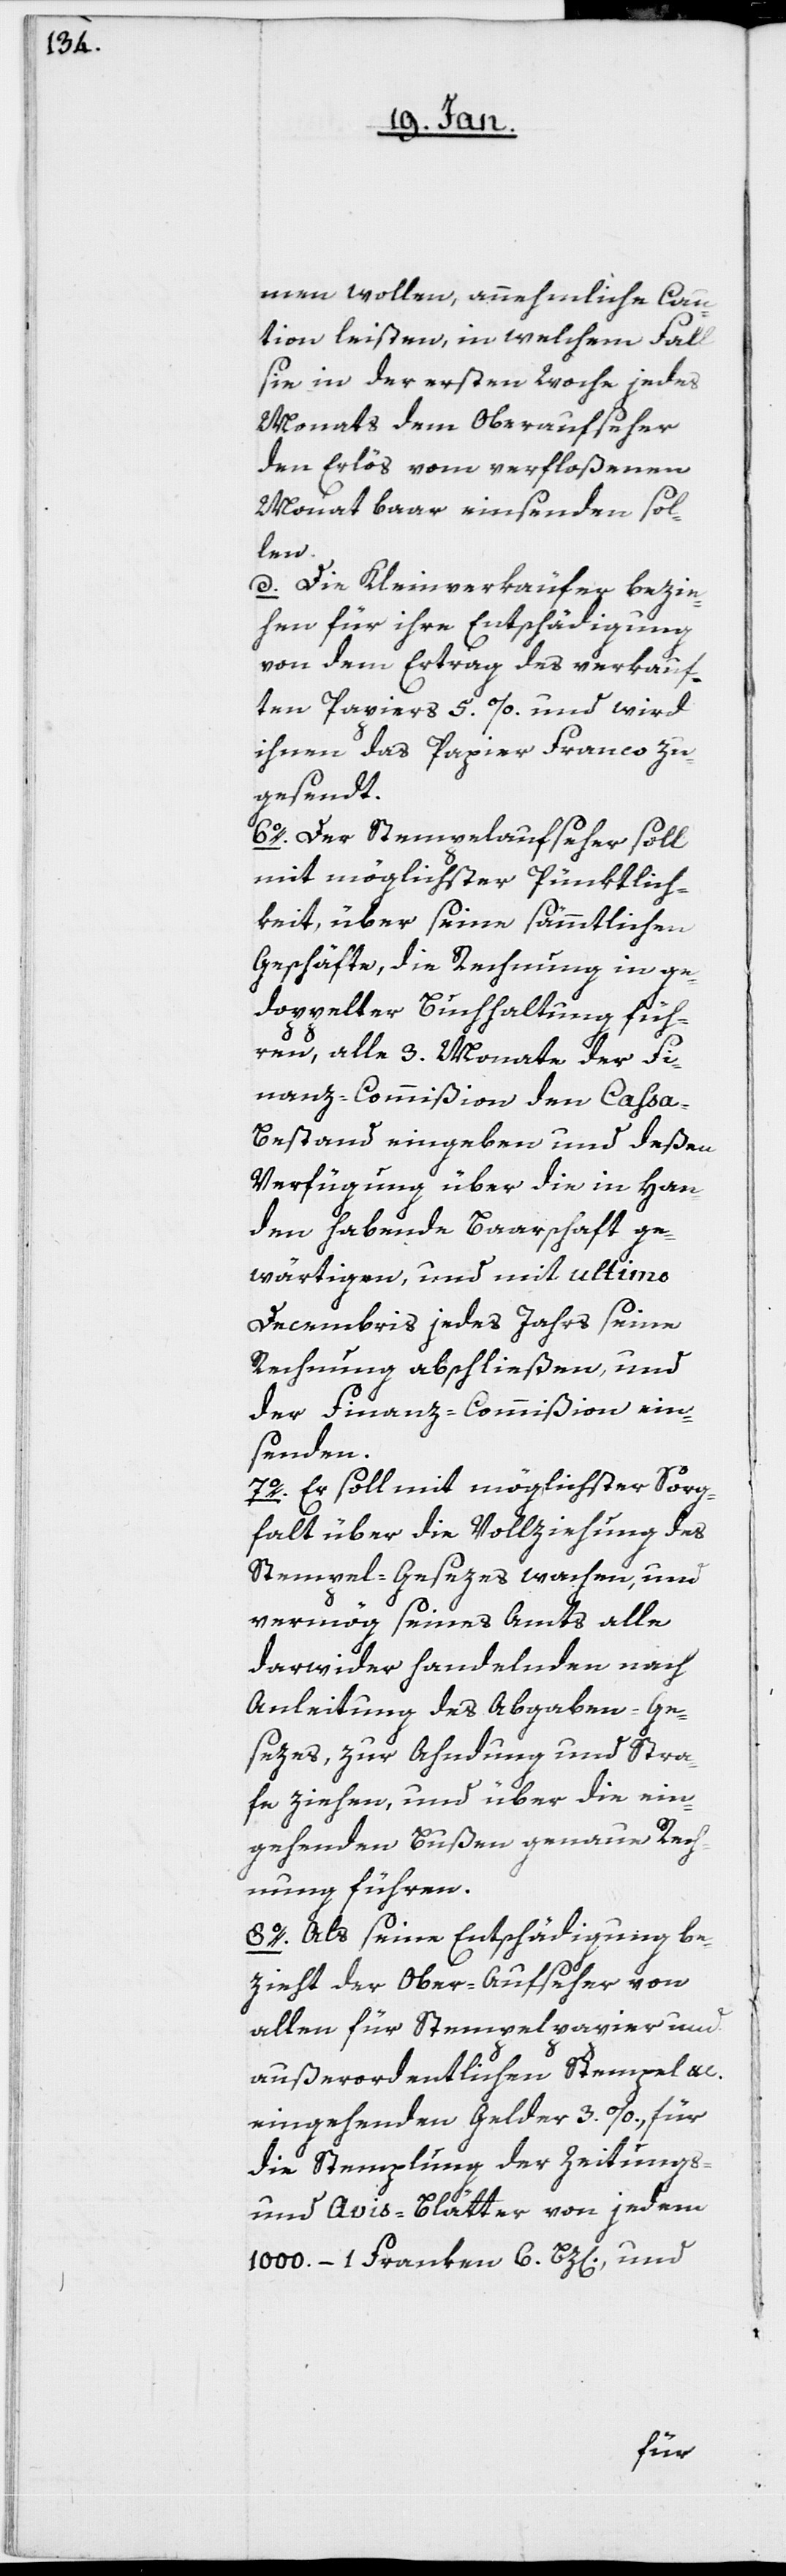
men wollen, annehmliche Cau¬
tion leisten, in welchem Fall
sie in der ersten Woche jedes
Monats dem Oberaufseher
den Erlös vom verfloßenen
Monat baar einsenden sol¬
len.
d. Die Kleinverkäufer bezie¬
hen für ihre Entschädigung
von dem Ertrag des verkauf¬
ten Papiers 5. %. und wird
ihnen das Papier Franco zu¬
gesendt.
6o. Der Stempelaufseher soll
mit möglichster Pünktlich¬
keit über seine sämtlichen
Geschäfte, die Rechnung in ge¬
doppelter Buchhaltung füh¬
ren, alle 3. Monate der Fi¬
nanz-Commißion den Caßa-B¬
estand eingeben und deßen
Verfügung über die in Han¬
den habende Barschaft ge¬
wärtigen, und mit ultimo
Decembris jedes Jahrs seine
Rechnung abschließen, und
der Finanz-Commißion ein¬
senden.
7o. Er soll mit möglichster Sorg¬
falt über die Vollziehung des
Stempel-Gesezes wachen, und
vermög seines Amts alle
darwider handelnden nach
Anleitung des Abgaben-Ge¬
sezes, zur Ahndung und Stra¬
fe ziehen, und über die ein¬
gehenden Bußen genaue Rech¬
nung führen.
8o. Als seine Entschädigung be¬
zieht der Ober-Aufseher von
allen für Stempelpapier und
außerordentlichen Stempel
eingehenden Gelder 3. %, für
die Stemplung der Zeitungs-
und Avis-Blätter von jedem
1000.– 1 Franken 6. Bz[en]., und